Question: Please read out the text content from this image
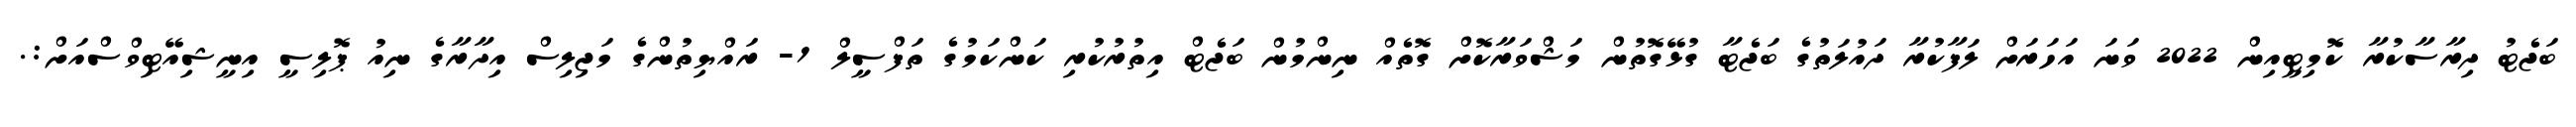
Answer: ބަޖެޓު ދިރާސާކުރާ ކޮމިޓީއިން 2022 ވަނަ އަހަރަށް ލަފާކުރާ ދައުލަތުގެ ބަޖެޓާ ގުޅޭގޮތުން މަޝްވަރާކޮށް ގޮތެއް ނިންމުން ބަޖެޓް އިތުރުކުރި ކަންކަމުގެ ތަފްސީލް 1- ރައްޔިތުންގެ މަޖިލިސް އިދާރާގެ ނިއު ޕޮލިސީ އިނީޝިއޭޓިވްސްއަށް:.